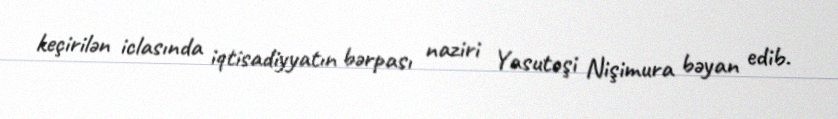
keçirilən iclasında iqtisadiyyatın bərpası naziri Yasutoşi Nişimura bəyan edib.